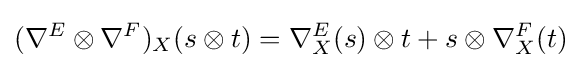
(\nabla ^{E}\otimes \nabla ^{F})_{X}(s\otimes t)=\nabla _{X}^{E}(s)\otimes t+s\otimes \nabla _{X}^{F}(t)